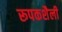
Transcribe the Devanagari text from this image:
रूपकशैली